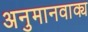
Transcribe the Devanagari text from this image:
अनुमानवाक्य